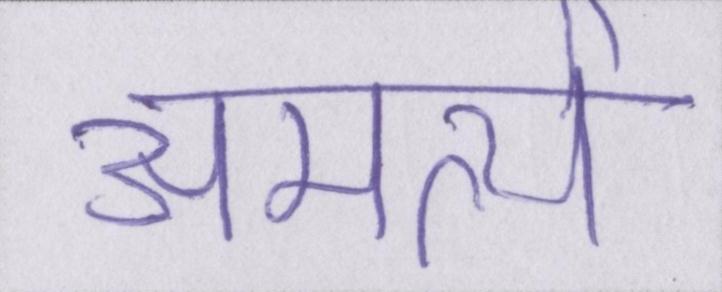
अमर्त्य